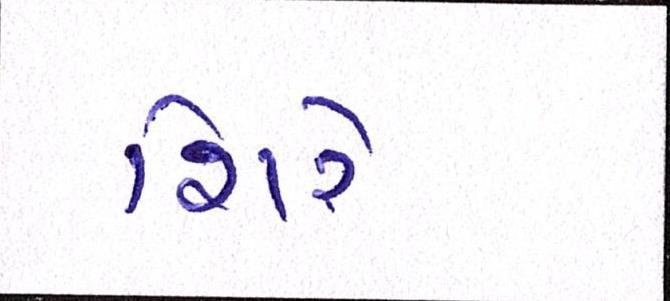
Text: શિરે